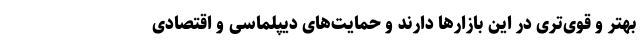
بهتر و قوی‌تری در این بازارها دارند و حمایت‌های دیپلماسی و اقتصادی